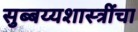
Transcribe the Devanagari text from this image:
सुब्बय्यशास्त्रींचा